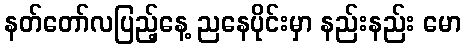
နတ်တော်လပြည့်နေ့ ညနေပိုင်းမှာ နည်းနည်း မော